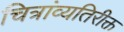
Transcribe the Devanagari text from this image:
चित्रांव्यतिरीक्त